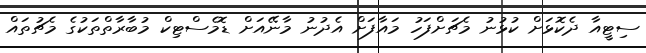
ސިޓީއާ ދެކޮޅަށް ކުޅުނު މެޗަށްފަހު މައާފަށް އެދުނު މާނޭއަށް ޑޮމެސްޓިކް މުބާރާތްތަކުގެ މެޗުތައް